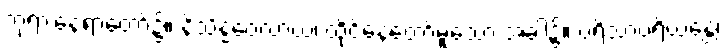
ဘုရားနေရာတော်၌။ နိသိန္နဝေလာယ၊ ထိုင်နေတော်မူသော အခါ၌။ ပရိသာပရိယန္တေ၊